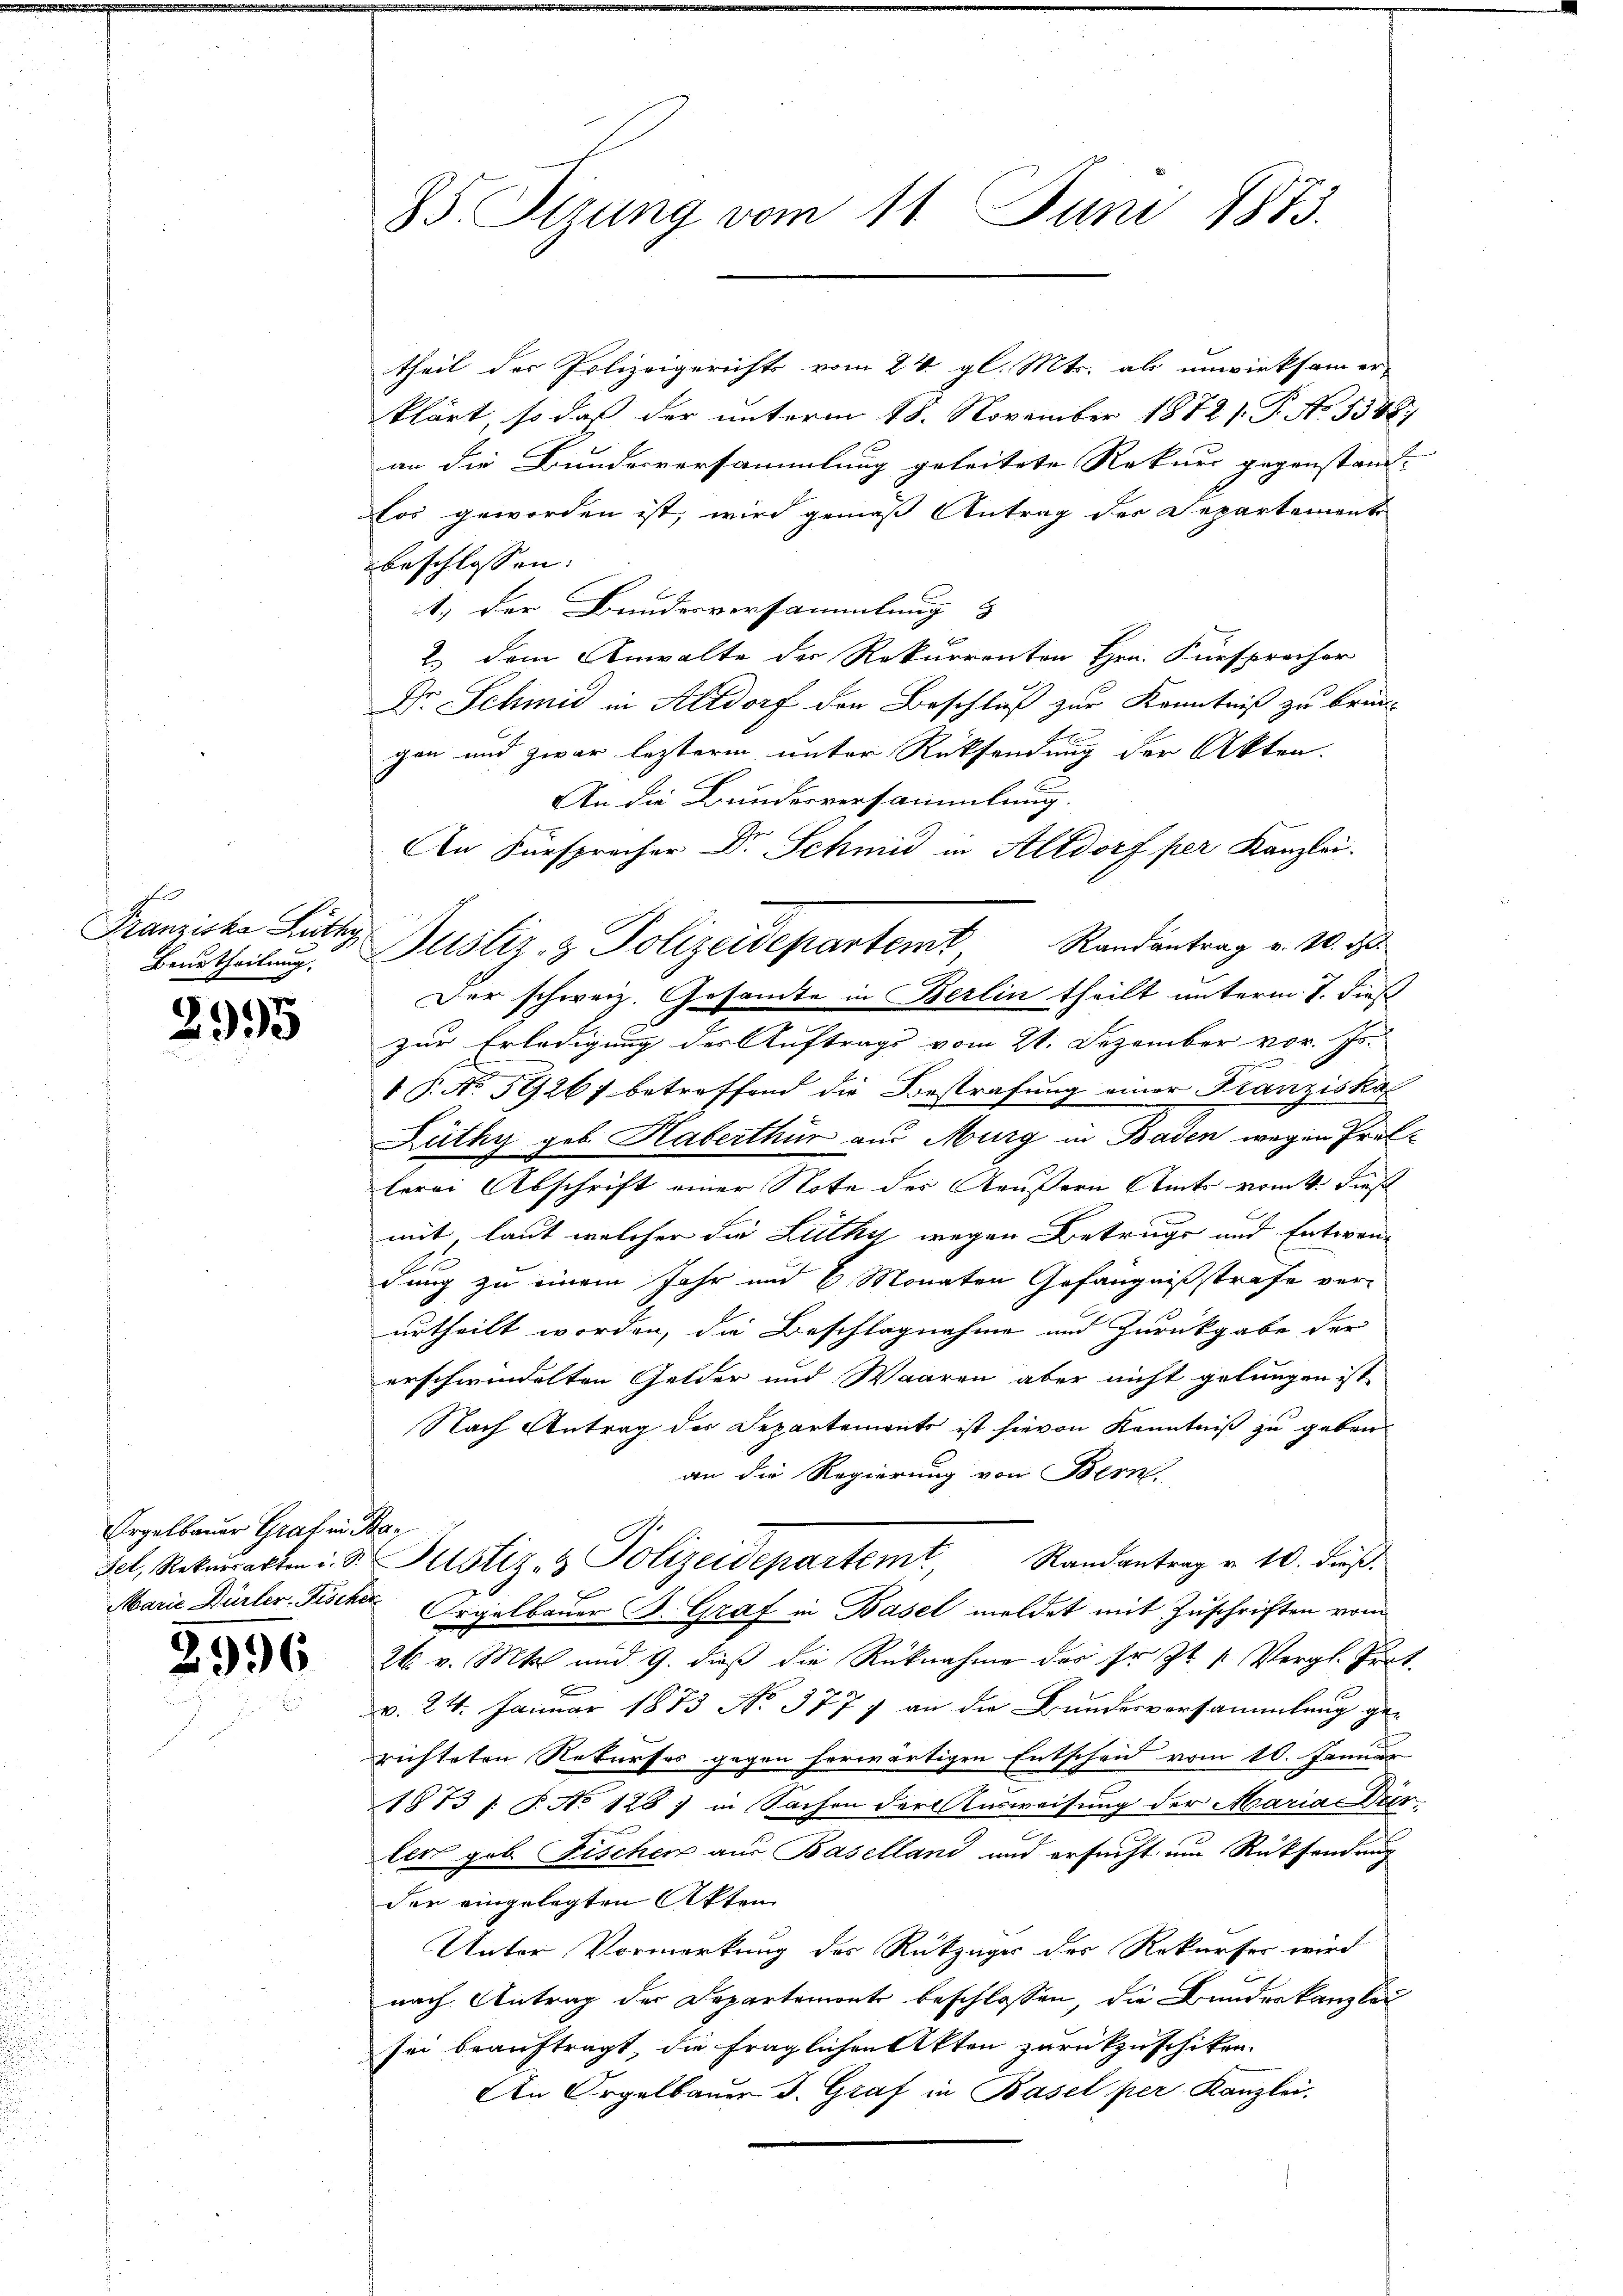
Franziska Lüthy

2995

Orgelbauer Graf in Ba¬

2

2936

theil der Polizeigerichts vom 24. gl. Mts. als unwirksam er-
klärt, so daß der unterm 18. November 1872 s. S. No. 5388
an die Bundesversammlung geleitete Rekurs gegenstandlos geworden ist, wird gemäß Antrag der Departements
beschlossen.
1.) Der Bundesversammlung
2.) Dem Anwalte der Rekurrenten Hrn. Fürsprecher
Dr. Schmid in Altdorf der Beschluß zur Kenntniß zu bringen und zwar lezterm unter Rücksendung der Akten.
An die Bundesversammlung.
An Fürsprecher Dr. Schmid in Altdorf per Kanzlei.
Beurtheilung. Justiz- & Polizeidepartemt, Randantrag u. 10. d.
Der schweiz. Gesandte in Berlin theilt unterm 7. dieß
zur Erledigung des Auftrags vom 21. Dezember vor. Js.
e
1 P. No 5926) betreffend die Bestrafung einer Franziskal
Lüthy geb. Haberthur am Murg in Baden wegen Prellerei Abschrift einer Note des Käusern Amts vom 4. dieß
mit laut welcher die Lüthy wegen Betrugs und Entwen-
dung zu einem Jahr und 6 Monaten Gefängnißstrafe verurtheilt worden, die Beschlagnahme und Zurückgabe der
erschwindelten Gelder und Waaren aber nicht gelungen ist
Nach Antrag des Departements ist hievon Kenntniß zu geben.
an die Regierung von Bern,
Fel, Rekŭrsarten d. d. Justiz- & Polizeidepartemt, Randantrag v. 10. dieß.
.
Marie Dürler-Fischer Orgelbauer B. Graf in Basel meldet mit Zuschriften vom
26. v. Mts. und 9. dieß die Rücknahme des sr. Zt. v. Vergl. Prot.
v. 24. Januar 1873 No 377 7 an die Bundesversammlung ge-
richteten Rekurses gegen herwärtigen Entscheid vom 10. Januar
1853 /: P. No 128) in Sachen der Ausweisung der Maria Dier¬
2
ler gob Fischer aus Baselland und ersucht um Rücksendung
der eingelegten Akten
Unter Vormerkung des Rückzuges der Rekurser wird
nach Antrag der Departemonte beschlossen, die Bundeskanzlau
sei beauftragt, die fraglichen Akten zurückzuschiken.
An Orgelbauer J. Graf in Basel per Kanzlei.

85. Sizung vom 11. Juni 1873.